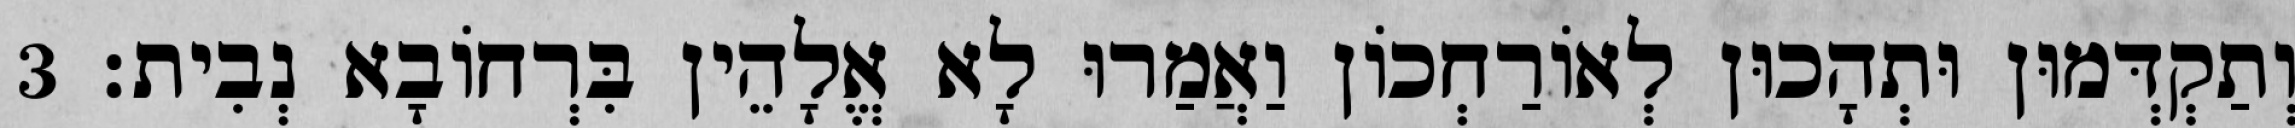
וְתַקְדְּמוּן וּתְהָכוּן לְאוֹרַחְכוֹן וַאֲמַרוּ לָא אֱלָהֵין בִּרְחוֹבָא נְבִית׃ 3